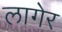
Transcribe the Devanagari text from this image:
लागेर